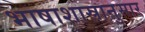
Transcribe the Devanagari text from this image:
भाषाशास्रानुसार